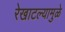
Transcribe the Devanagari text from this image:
रेखाटल्यामुळे